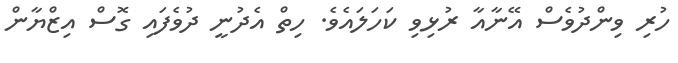
ހުރި ވިންދުވެސް އޭނާއާ ރުޅިވި ކަހަލައެވެ. ހިތް އެދުނީ ދުވެފައި ގޮސް އިޒްޔާން